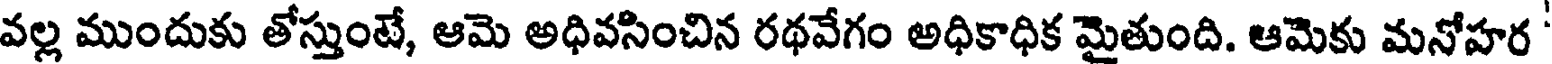
వల్ల ముందుకు తోస్తుంటే, ఆమె అధివసించిన రథవేగం అధికాధిక మైతుంది. ఆమెకు మనోహర